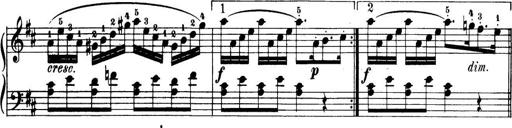
Title: 32 Sonatinas and Rondos for the Piano
Composer: Richard Kleinmichel